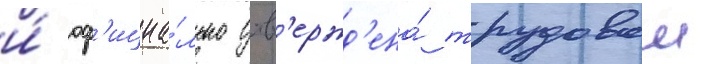
и́ оф'ициа́льно утв'ержд'ена́ трудовои